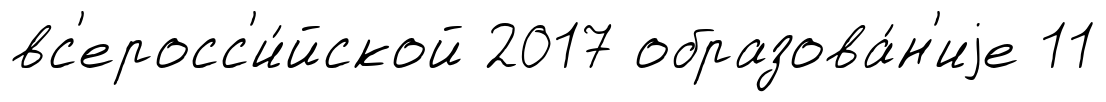
вс'еросс'и́йской 2017 образова́н'иjе 11